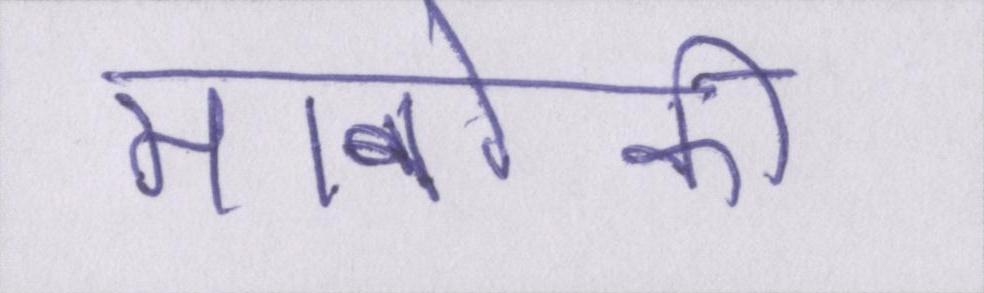
मानविकी